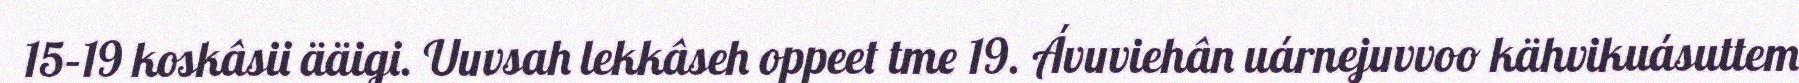
15–19 koskâsii ääigi. Uuvsah lekkâseh oppeet tme 19. Ávuviehân uárnejuvvoo kähvikuásuttem